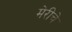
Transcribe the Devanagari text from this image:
मेरीचे